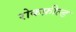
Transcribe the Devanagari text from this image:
रोकफ़ील्ड